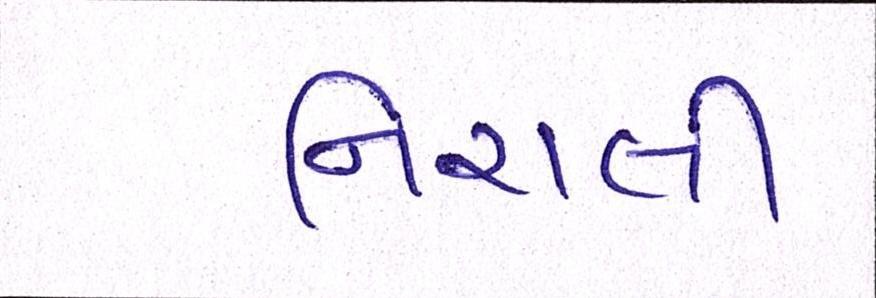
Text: નિરાલી